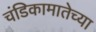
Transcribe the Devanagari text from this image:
चंडिकामातेच्या